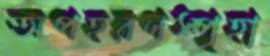
অপহরণস্পৃহা